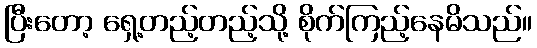
ပြီးတော့ ရှေ့တည့်တည့်သို့ စိုက်ကြည့်နေမိသည်။